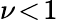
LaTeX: \nu\! <\! 1